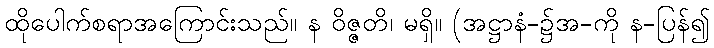
ထိုပေါက်စရာအကြောင်းသည်။ န ဝိဇ္ဇတိ၊ မရှိ။ (အဋ္ဌာနံ-၌အ-ကို န-ပြန်၍